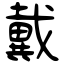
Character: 戴